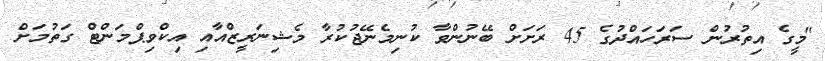
"މީގެ އިތުރުން ސަރަހައްދުގެ 45 ރަށަށް ބޭނުންވާ ކުނިމެނޭޖުކުރާ މެޝިނަރީޒްއާއި އިކްވިޕްމަންޓް ގަތުމަށް